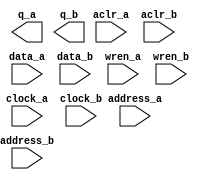
module img_data_final (
	aclr_a,
	aclr_b,
	address_a,
	address_b,
	clock_a,
	clock_b,
	data_a,
	data_b,
	wren_a,
	wren_b,
	q_a,
	q_b);

	input	  aclr_a;
	input	  aclr_b;
	input	[18:0]  address_a;
	input	[18:0]  address_b;
	input	  clock_a;
	input	  clock_b;
	input	[7:0]  data_a;
	input	[7:0]  data_b;
	input	  wren_a;
	input	  wren_b;
	output	[7:0]  q_a;
	output	[7:0]  q_b;
`ifndef ALTERA_RESERVED_QIS
// synopsys translate_off
`endif
	tri0	  aclr_a;
	tri0	  aclr_b;
	tri1	  clock_a;
	tri0	  wren_a;
	tri0	  wren_b;
`ifndef ALTERA_RESERVED_QIS
// synopsys translate_on
`endif

endmodule